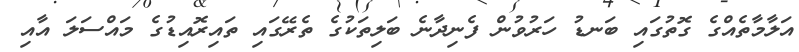
އަލާމާތެއްގެ ގޮތުގައި ބަނޑު ހަރުވުން ފެނިދާނެ ބަލިތަކުގެ ތެރޭގައި ތައިރޮއިޑުގެ މައްސަލަ އާއި